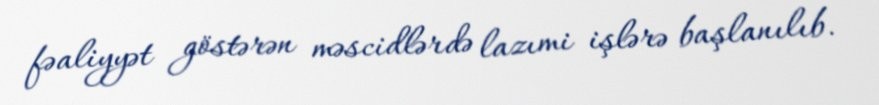
fəaliyyət göstərən məscidlərdə lazımi işlərə başlanılıb.